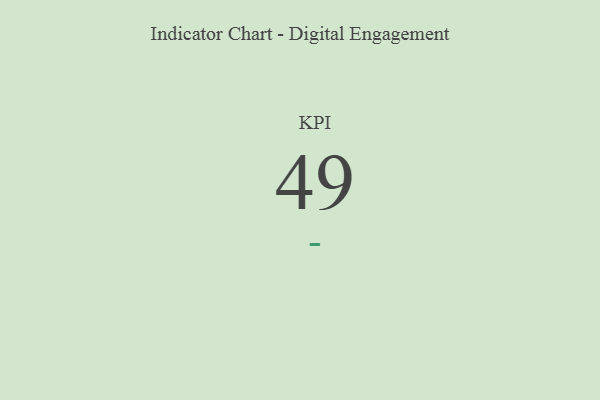
{"axis": {"x": "KPI", "y": "Value"}, "legend": [""], "data": [{"x": "KPI", "y": 49, "type": ""}]}